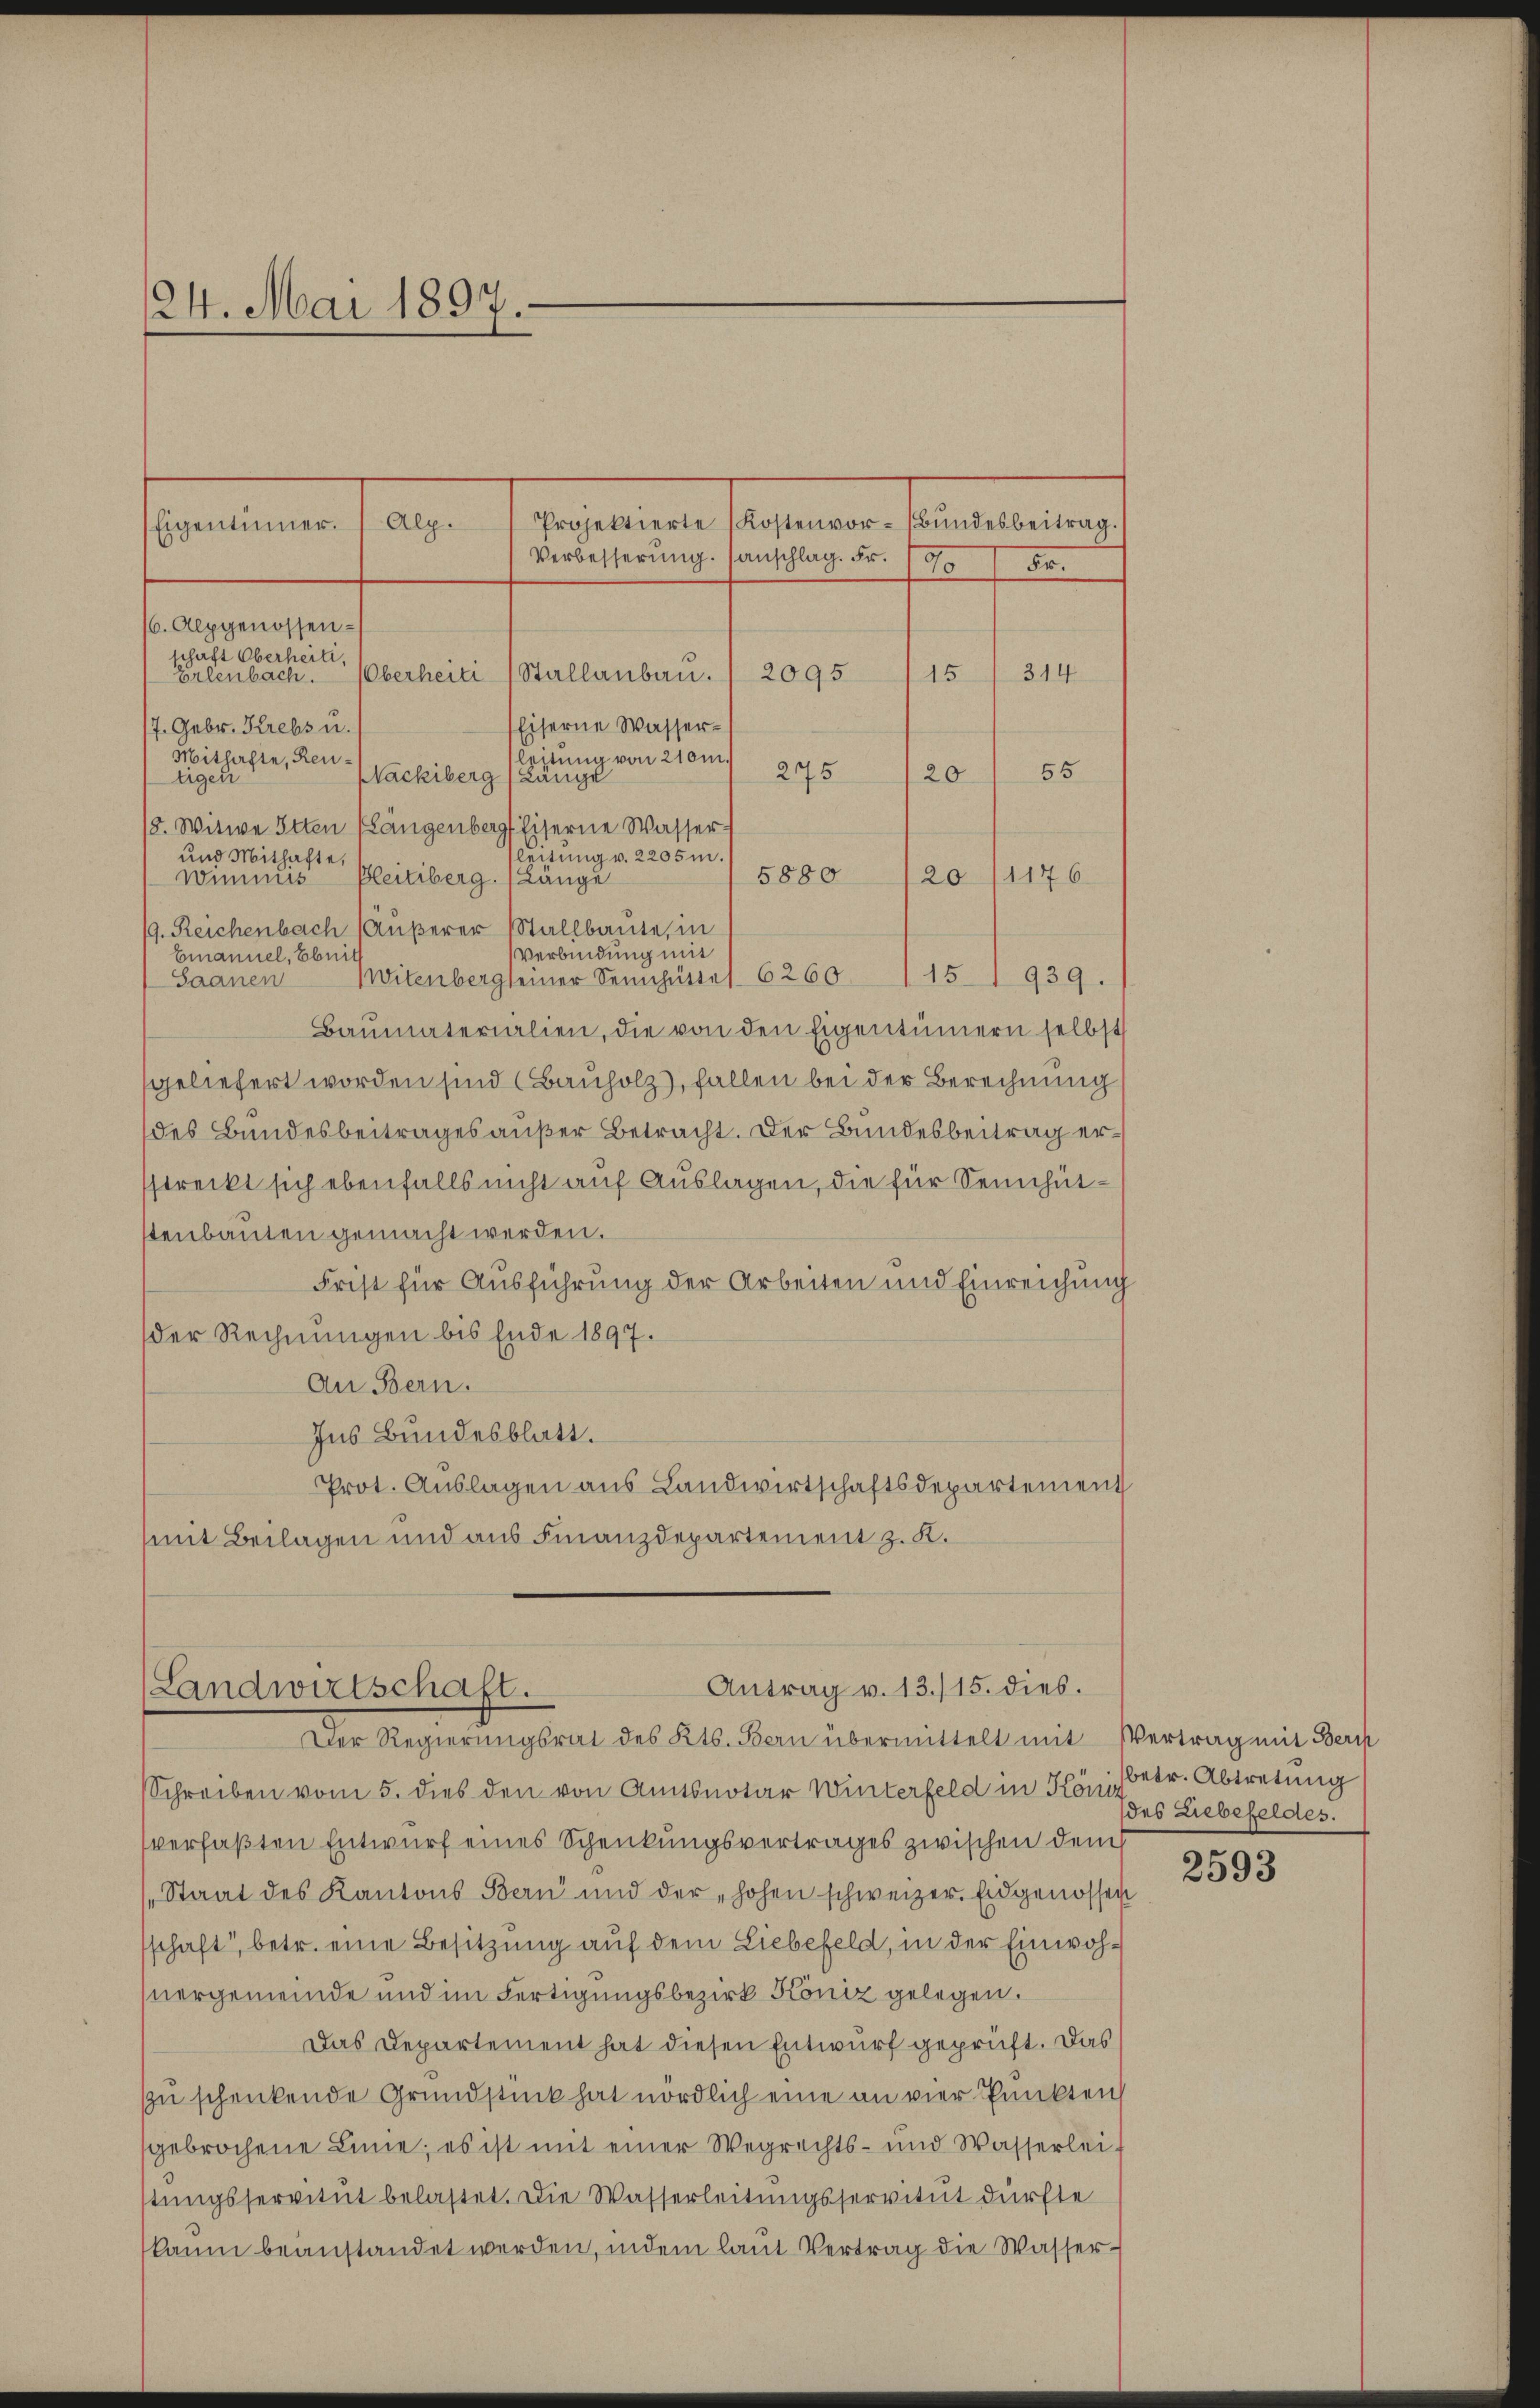
124. Mai 1897.

Daseinen stehenen der einen nach
Concilium han
Verbesserŭng. sanschlag. Fr. 4 50.
16. Alpgenossen-
schaft Oberheit,
2095
Oberheiti (Stallanbau.
314
Erlenbach.
15
7. Gebr. Krebs u.
Eiserne Wasser¬
Mithafte, Reneitung von 210m.
275
2055
Nackiberg (Länge
tigen
/5. Witwe Otten Längenberg Eiserne Wasserleitung v. 2205m.
und Mithafte,
5880 120 11176
Bleitsberg. (Länge
Wimmis
9. Reichenbach (Äußerer Stallbaute, in
Verbindung mit
Emanuel, bei
Witenberg seiner Sennhüste 62601 151 939.
Saanen
Baumaterialien, die von den Eigentümern selbst
sgeliefert worden sind (Bauholz), fallen bei der Berechnung
des Bundesbeitrages außer Betracht. Der Bundesbeitrag erstreckt sich ebenfalls nicht auf Auslagen, die für Sennhütstenbauten gemacht werden.
Frist für Ausführung der Arbeiten und Einreichung
der Rechnungen bis Ende 1897.
An Bern.
Ins Bundesblatt.
Prot. Auslagen aus Landwirtschaftsdepartement
mit Beilagen und aus Finanzdepartement z. K.

Antrag v. 13./15. dies.
Landwirtschaft.
Der Regierungsrat des Kts. Bern übermittelt mit Vertrag mit Berch

Schreiben vom 5. dies den von Amtsnotar Winterfeld in König betr. Abtretung
verfaßten Entwurf eines Schenkungsvertrages zwischen dem
Staat des Kantons Bern und der hohen schweizer. Eidgenossen
sschaft“, betr. eine Besitzung auf dem Liebefeld, in der Einwohnergemeinde und im Fertigungsbezirk Köniz gelegen.
Das Departement hat diesen Entwurf geprüft. Das
zu schenkende Grundstück hat nördlich eine an vier Punkten
gebrochene Linie; es ist mit einer Wegrechts- und Wasserlei-
stungsservitut belastet. Die Wasserleitungsservitut dürfte
kaŭm beanstandet werden, indem laut Vertrag die Wasser¬

des Liebefeldes.

2593